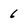
Character: 6